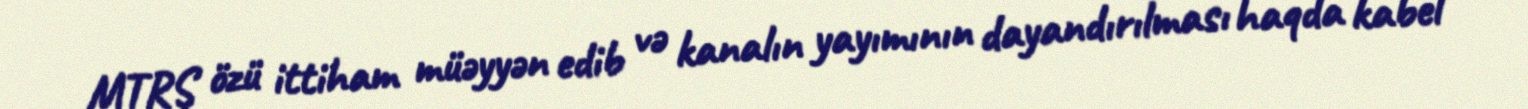
MTRŞ özü ittiham müəyyən edib və kanalın yayımının dayandırılması haqda kabel